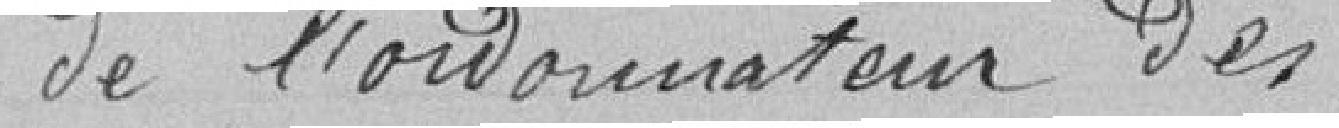
de l'ordonnateur des